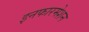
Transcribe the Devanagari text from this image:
इनफारमेशन